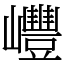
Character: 㠦